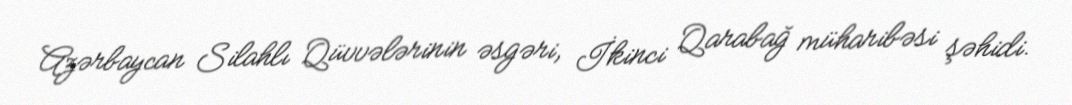
Azərbaycan Silahlı Qüvvələrinin əsgəri, İkinci Qarabağ müharibəsi şəhidi.